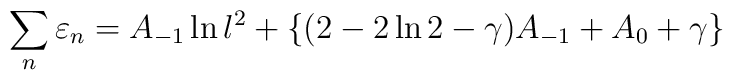
\sum_n \varepsilon_n = A_{-1} \ln l^2 + \{ (2 - 2\ln 2 -\gamma) A_{-1} + A_0 + \gamma \}